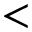
<